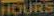
HOURS